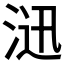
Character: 𱦮